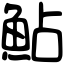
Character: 鮎